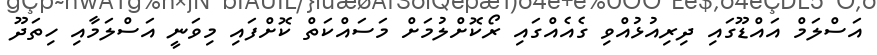
އަސްލަމް އައްޑޫގައި ދިރިއުޅުއްވި ގެއެއްގައި ރޯކޮށްލުމަށް މަސައްކަތް ކޮށްފައި މިވަނީ އަސްލަމާއި ހިތަދޫ